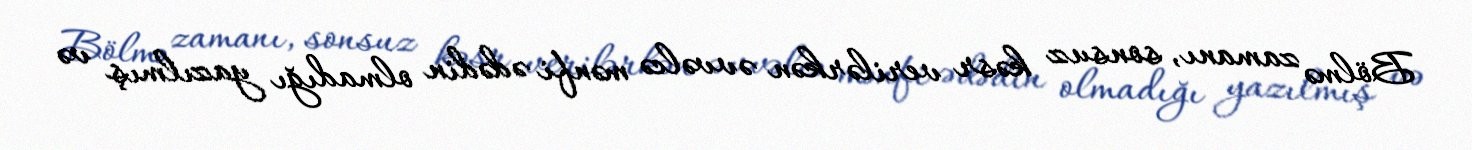
Bölmə zamanı, sonsuz kəsr verilərkən əvvəlcə mənfi ədədin olmadığı yazılmış və